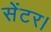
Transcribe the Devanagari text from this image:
सेंटर।